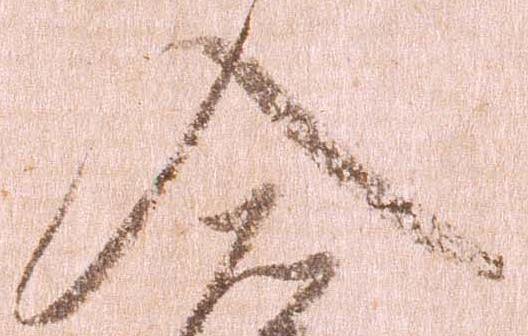
入